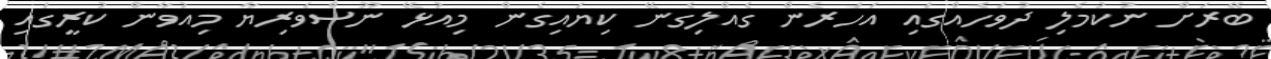
ބޭރަށް ނުކުމެލި ދުވަހެއްގައި އަހަރެން ގެއްލިގެނޭ ކިޔައިގެން މިއުޅޭ ނޫސްވެރިޔާ މިއުވާން ކުރީގައި